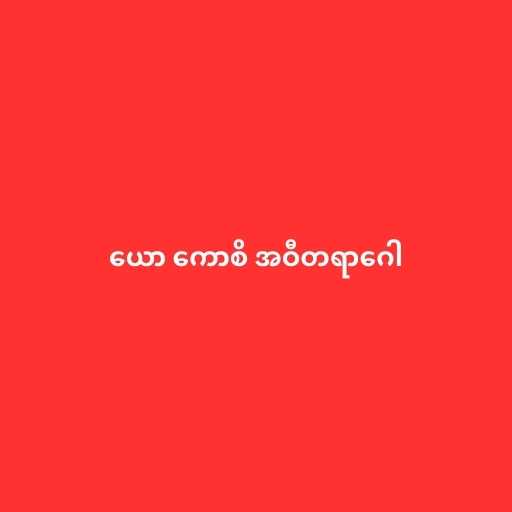
ယော ကောစိ အဝီတရာဂေါ